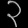
Digit: ၃